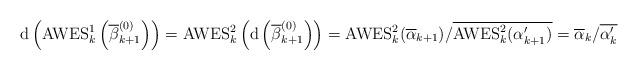
LaTeX: \begin{align*} \mathrm{d} \left( \mathrm{AWES}^1_k \left( \overline{\beta}_{k+1}^{(0)} \right)\right) = \mathrm{AWES}^2_k \left( \mathrm{d} \left(\overline{\beta}_{k+1}^{(0)} \right) \right) =\mathrm{AWES}^2_k(\overline{\alpha}_{k+1}) /\overline{\mathrm{AWES}^2_k(\alpha'_{k+1})} = \overline{\alpha}_k /\overline{\alpha'_k}\end{align*}